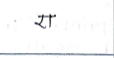
मजकूर: रा